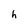
Character: h